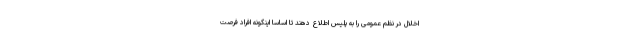
اخلال در نظم عمومی را به پلیس اطلاع دهند تا اساسا اینگونه افراد فرصت